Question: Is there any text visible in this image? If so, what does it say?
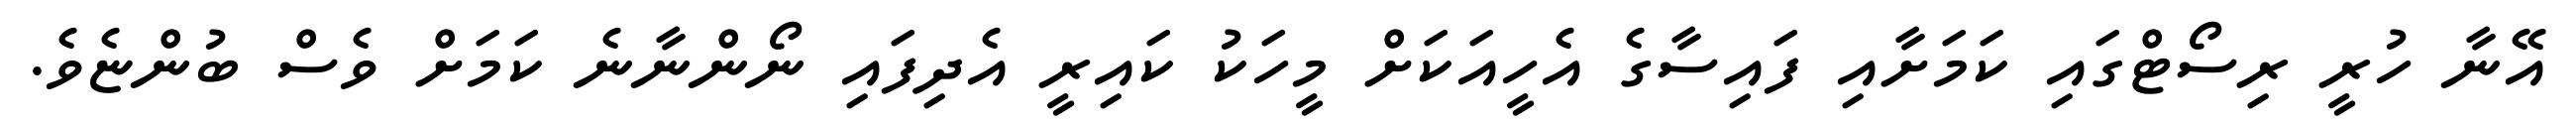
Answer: އޭނާ ހުރީ ރިސޯޓްގައި ކަމަށާއި ފައިސާގެ އެހީއަކަށް މީހަކު ކައިރީ އެދިފައި ނޯންނާނެ ކަމަށް ވެސް ބުންޏެވެ.